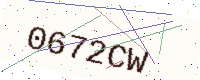
Text: 0672CW